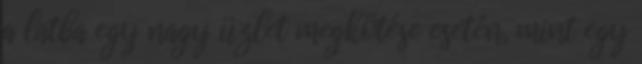
a latba egy nagy üzlet megkötése esetén, mint egy